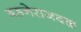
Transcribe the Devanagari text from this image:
बडनेराजवळ